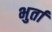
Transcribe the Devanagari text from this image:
भुर्ता